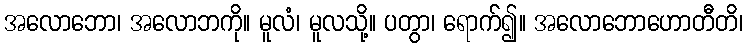
အလောဘော၊ အလောဘကို။ မူလံ၊ မူလသို့။ ပတွာ၊ ရောက်၍။ အလောဘောဟောတီတိ၊